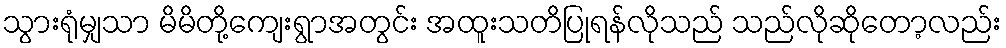
သွားရုံမျှသာ မိမိတို့ကျေးရွာအတွင်း အထူးသတိပြုရန်လိုသည် သည်လိုဆိုတော့လည်း